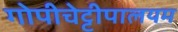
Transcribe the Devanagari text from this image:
गोपीचेट्टीपालयम